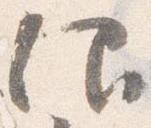
仰